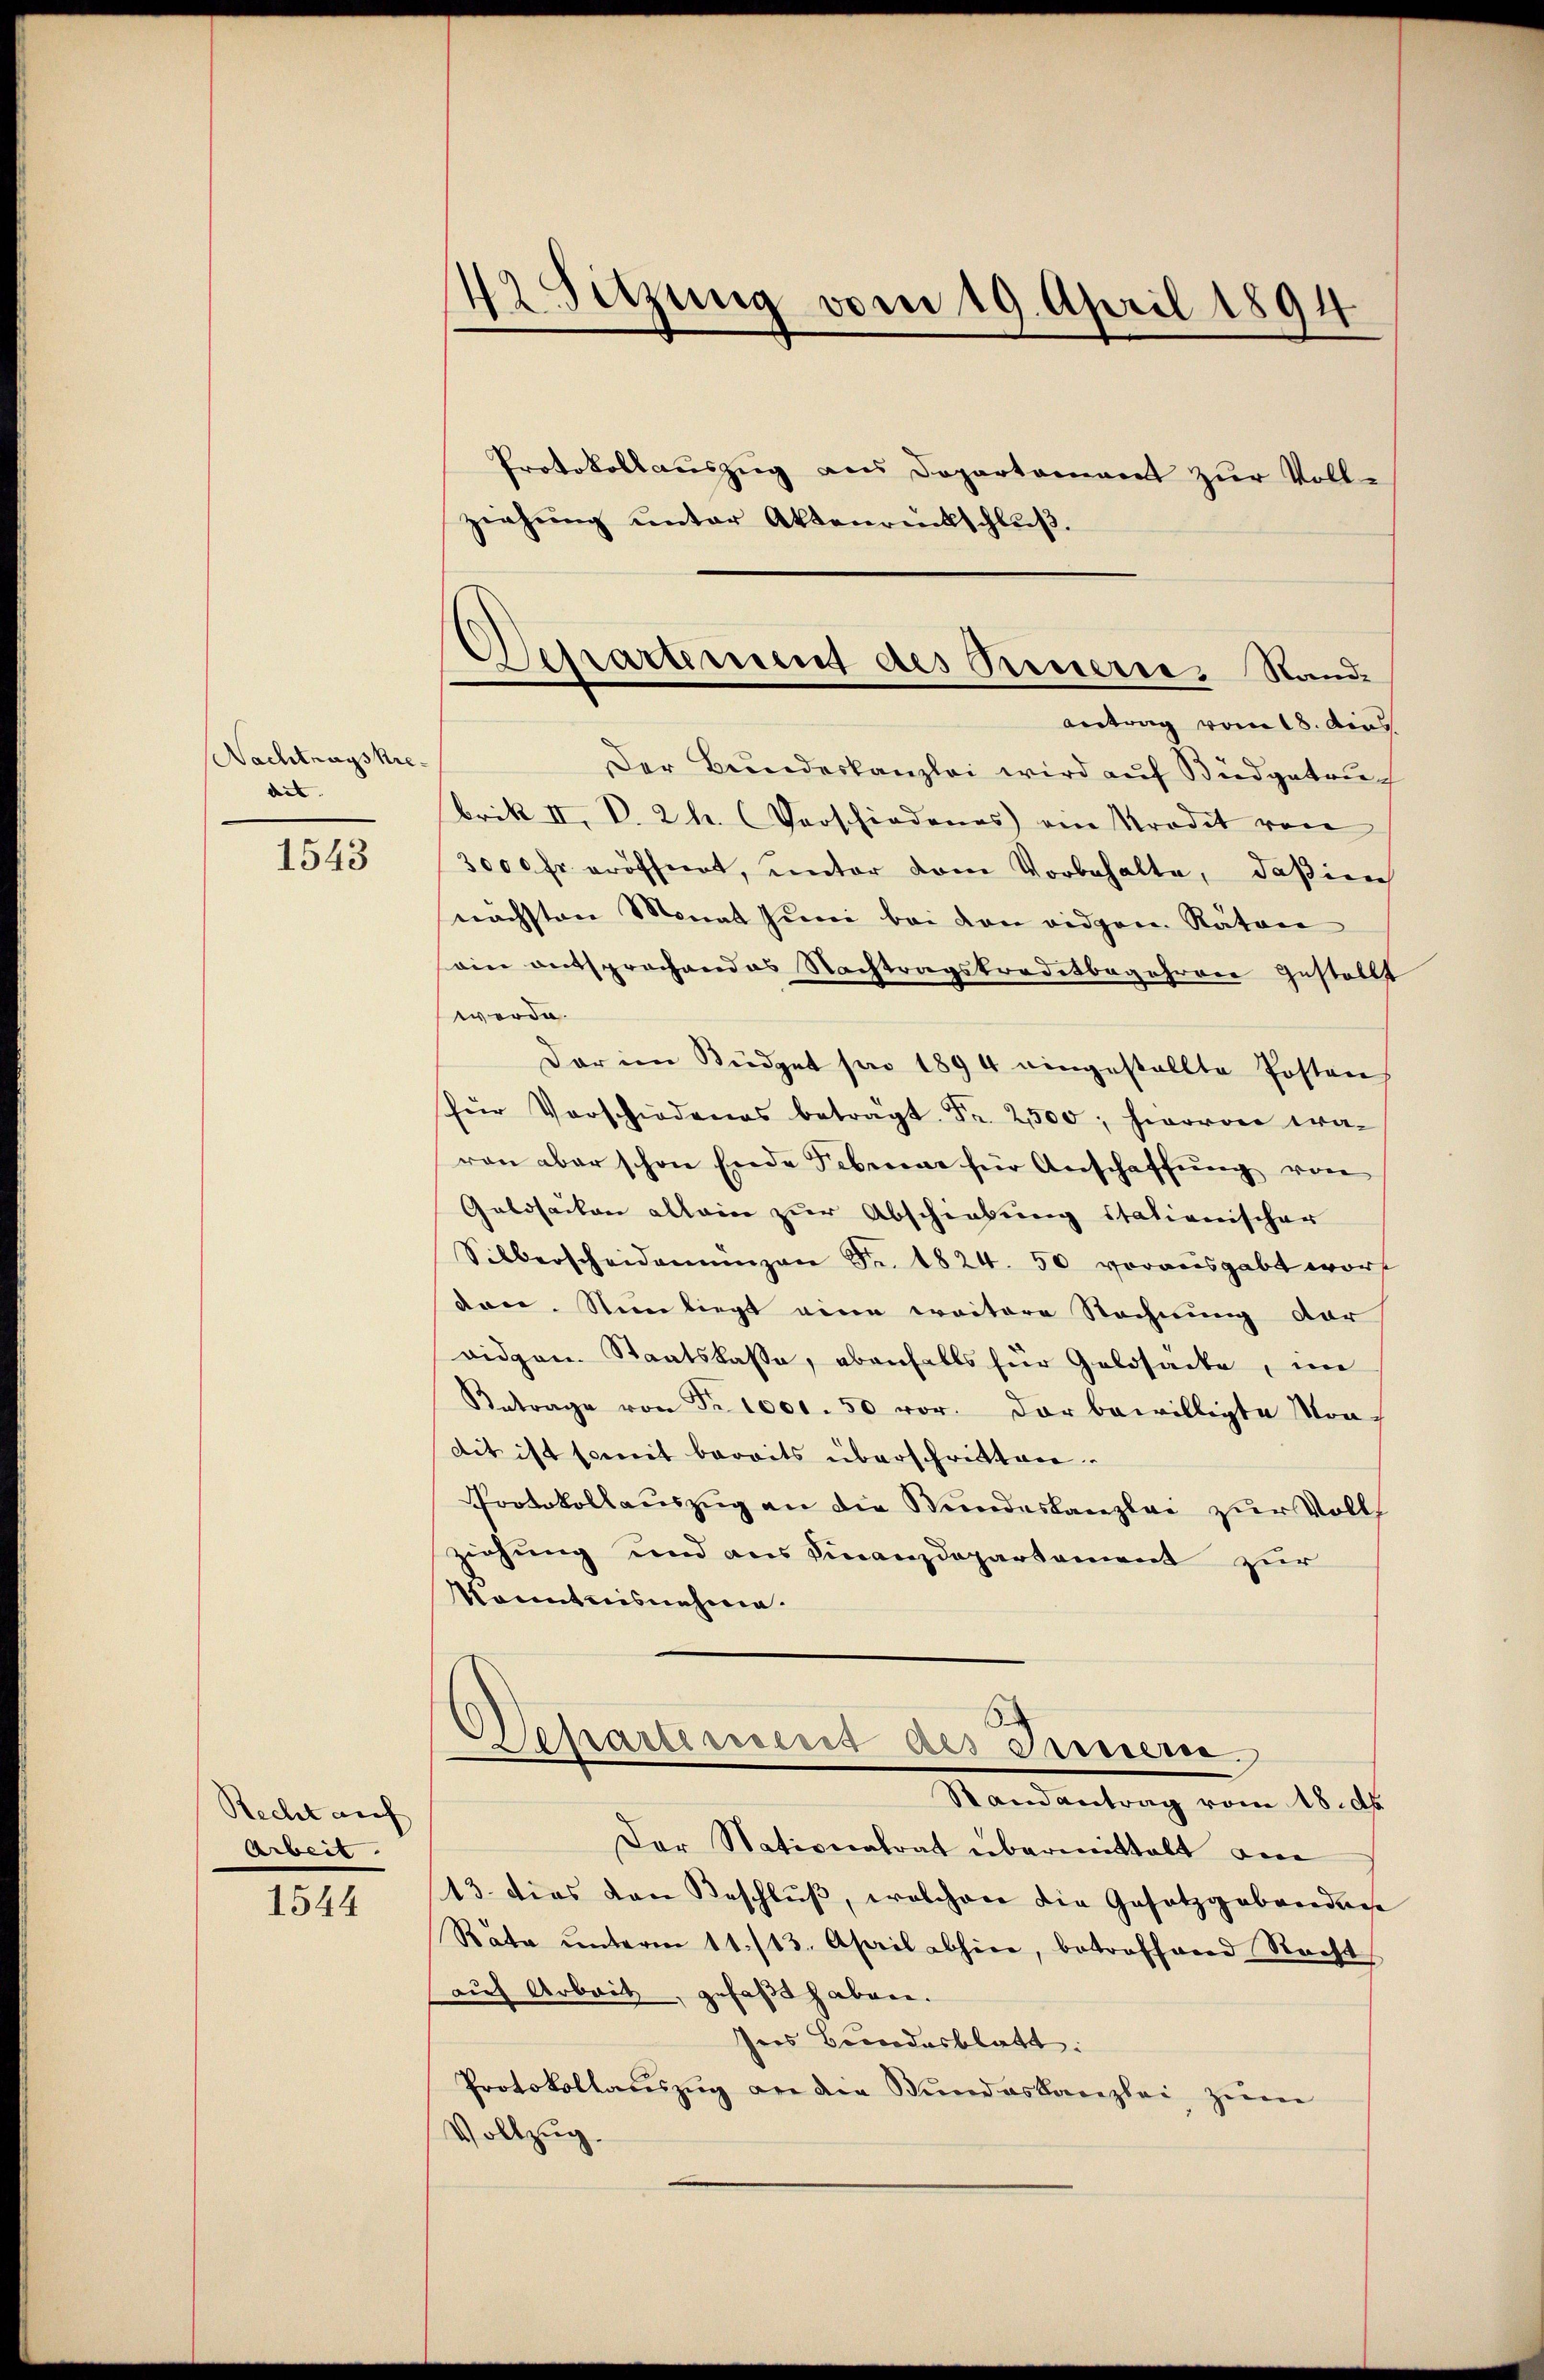
Nachtragskredes

1543

Recht auf
Arbeit.

1544

42 Sitzung vom 19. April 1894
Protokollauszug aus Departamant zur Vollziehung unter Aktenrückschluß.

Der Bundeskanzlei wird auf Büdgetruc
brik II. V. 2. (Verschiedenes am Prodet von
3000 fr. eröffnet, unter dem Vorbehalte, dasien
nächsten Monat Juni bei den eidgen. Räten
ain entsprochendes Nachtragskreditbegehren gestellt
werde.
Dar im Büdget sei 1894 eingestellte Posten
für Vorschiedenes betragt. Fr. 2500, hervon wa-
ren aber schon Ende Februar für Anschaffŭng von
Geldsachen allein zur Abschiebung stationischer
Silberscheidemünzen Fr. 1824. 50 vorausgabt wort
den. Nein liegt eine weitere Rechnung der
vidgen. Staatskasse, ebenfalls für Geldsache, im
Betrage von Fr. 1000. 50 vor. Der bewilligte Stradit ist somit bereits überschritten.
Protokollauszug an die Stundeskanzlei zur Volls
ziehung und aus Finanzdepartement zur
Konntnisnehme.
¬
Separtement des Fernern.
Standentrag vom 18. d.
Der Nationalrat übermittalt die
13. dies von Beschlŭβ, welchen die Gesetzgeberdiese
Rata ŭnterm 11./13. April abhin, betroffend Recht
auch Arbeit, gefaßt haben.
sees Bundesblatt.
Protokollaŭszŭg an die Stŭndeskanzlei zŭm
Vollzug.

Separtement des Treuern. Stand.
antrag vom 18. dies